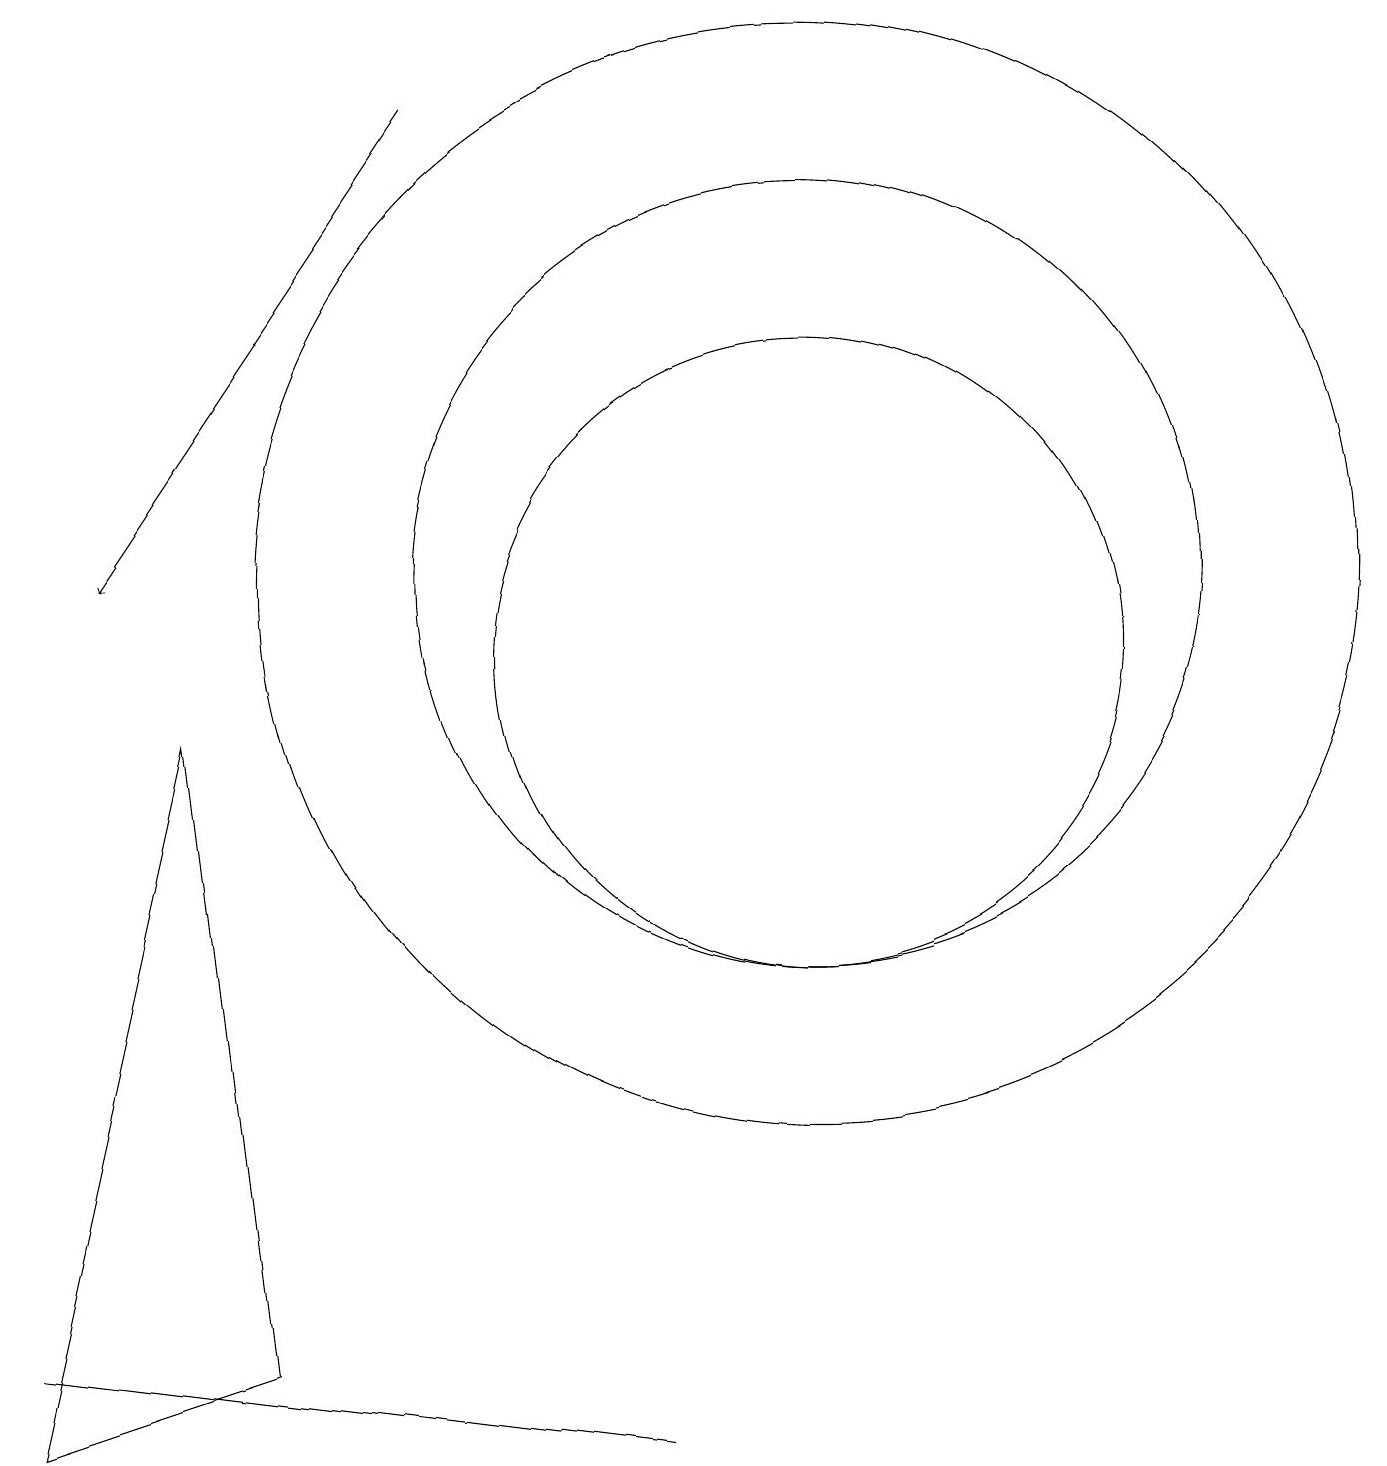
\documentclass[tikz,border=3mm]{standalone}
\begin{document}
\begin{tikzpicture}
\draw (10,11) circle (5);
\draw (10,10) circle (4);
\draw (8,0) -- (0,1) -- (0,1) -- cycle;
\draw[->] (5,17) -- (1,11);
\draw (10,11) circle (7);
\draw (3,1) -- (2,9) -- (0,0) -- cycle;
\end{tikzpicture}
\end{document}